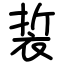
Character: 裚